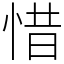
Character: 惜